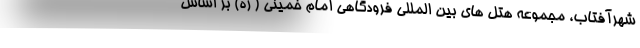
شهرآفتاب، مجموعه هتل های بین المللی فرودگاهی امام خمینی ( ره) بر اساس